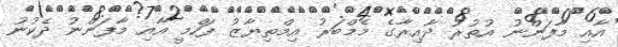
އާއި މާފަންނު އުތުރު ދާއިރާގެ މެމްބަރު އިމްތިޔާޒު ފަހްމީ އާއި މާފަންނު ދެކުނު